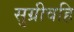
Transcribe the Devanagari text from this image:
सुग्रीवहि